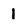
Character: 1